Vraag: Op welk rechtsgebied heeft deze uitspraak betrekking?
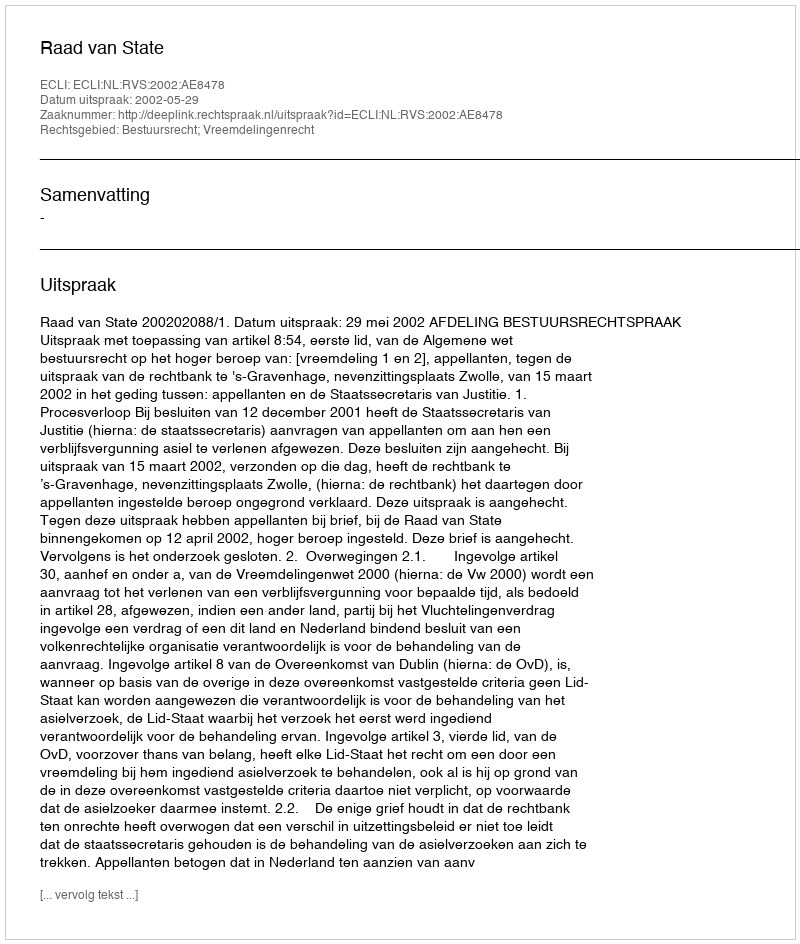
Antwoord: Bestuursrecht; Vreemdelingenrecht